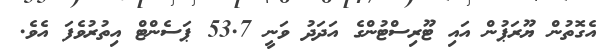
އެގޮތުން ޔޫރަޕުން އައި ޓޫރިސްޓުންގެ އަދަދު ވަނީ 53.7 ޕަސެންޓް އިތުރުވެފަ އެވެ.